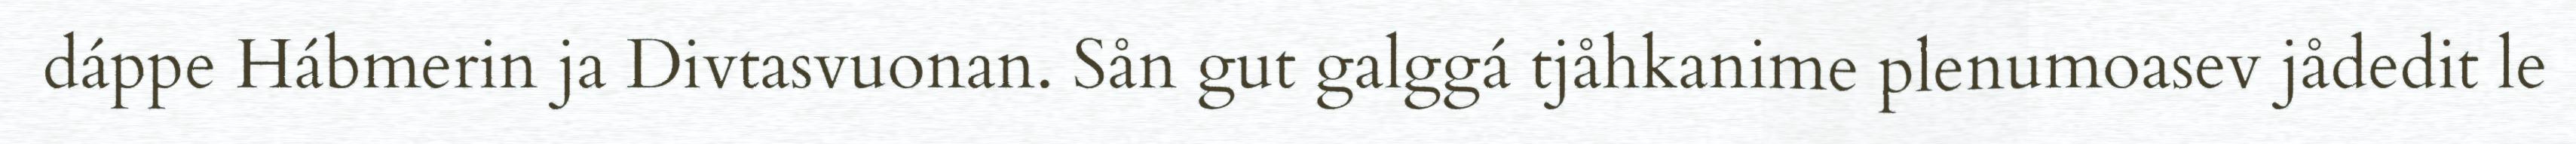
dáppe Hábmerin ja Divtasvuonan. Sån gut galggá tjåhkanime plenumoasev jådedit le